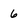
Character: 6